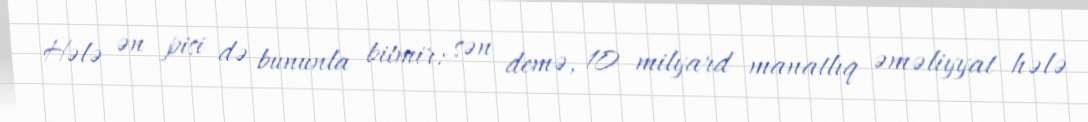
Hələ ən pisi də bununla bitmir: sən demə, 10 milyard manatlıq əməliyyat hələ